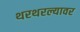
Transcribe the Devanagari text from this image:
थरथरल्यावर